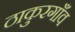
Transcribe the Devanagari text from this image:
ठाकुरगाँव